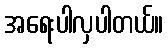
အရေးပါလှပါတယ်။